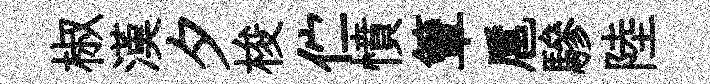
椒漢夕梭伫憤簟扈驂陸